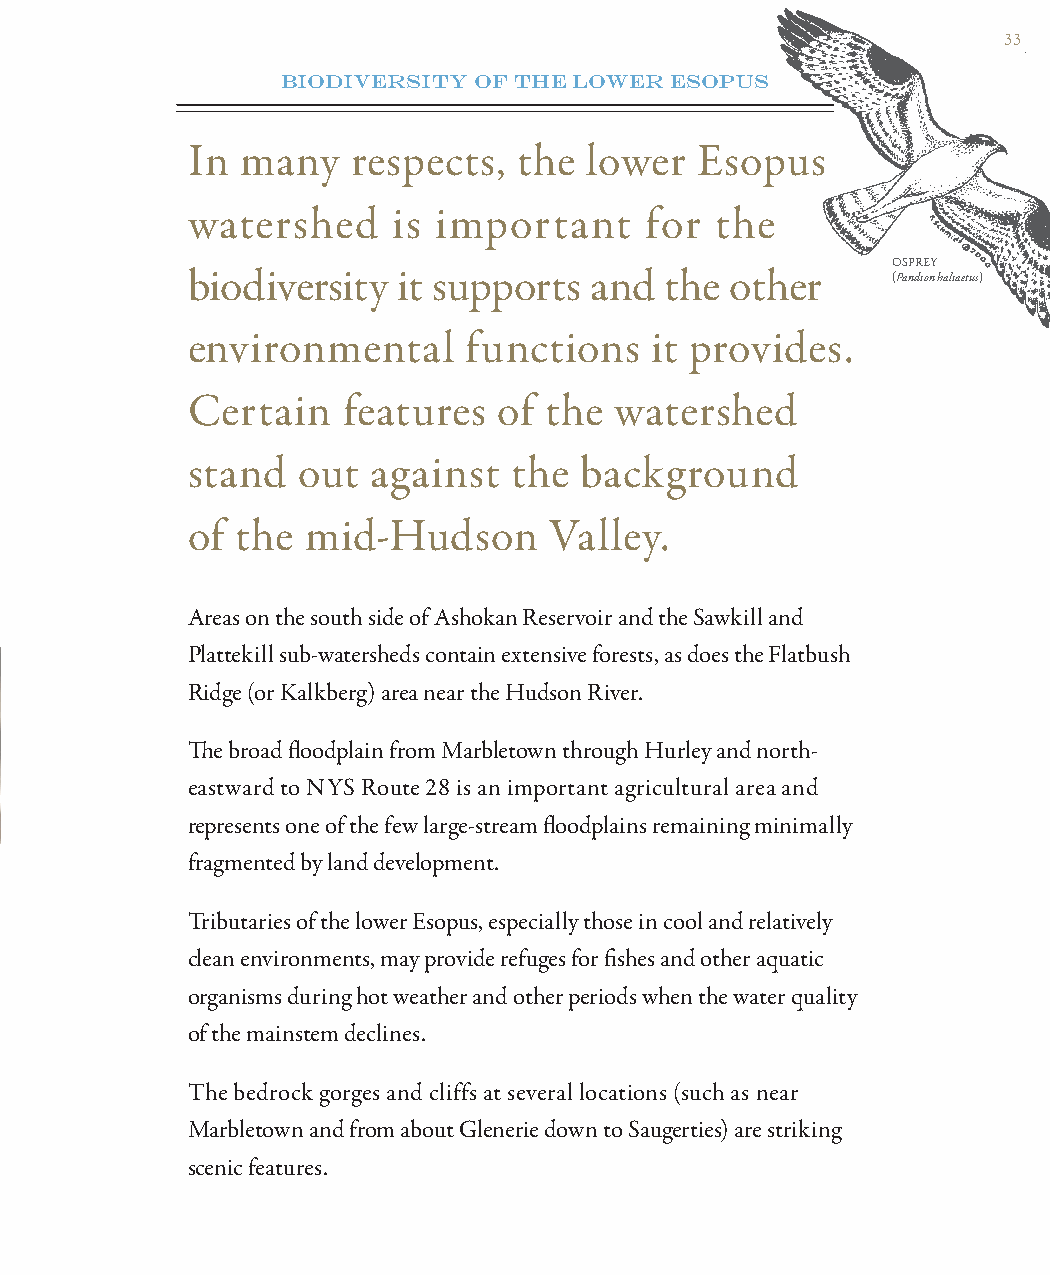
33
 BIODIVERSITY OF THE LOWER ESOPUS
 In  many   respects,  the  lower  Esopus
 watershed     is important     for the
 OSPREY
 biodiversity  it supports  and  the other      (Pandion haliaetus)
 environmental      functions   it provides.
 Certain    features  of the  watershed
 stand   out against   the background
 of  the mid-Hudson      Valley.
 Areas on the south side of Ashokan Reservoir and the Sawkill and
 Plattekill sub-watersheds contain extensive forests, as does the Flatbush
 Ridge (or Kalkberg) area near the Hudson River.
 Th e broad fl oodplain from Marbletown through Hurley and north-
 eastward to NYS Route 28 is an important agricultural area and
 represents one of the few large-stream fl oodplains remaining minimally
 fragmented by land development.
 Tributaries of the lower Esopus, especially those in cool and relatively
 clean environments, may provide refuges for fi shes and other aquatic
 organisms during hot weather and other periods when the water quality
 of the mainstem declines.
 The bedrock gorges and cliffs at several locations (such as near
 Marbletown and from about Glenerie down to Saugerties) are striking
 scenic features.